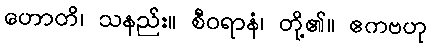
ဟောတိ၊ သနည်း။ စီဝရာနံ၊ တို့၏။ ဧကဗဟု